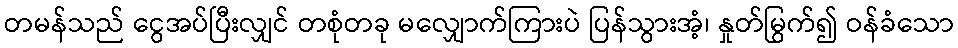
တမန်သည် ငွေအပ်ပြီးလျှင် တစုံတခု မလျှောက်ကြားပဲ ပြန်သွားအံ့၊ နှုတ်မြွက်၍ ဝန်ခံသော